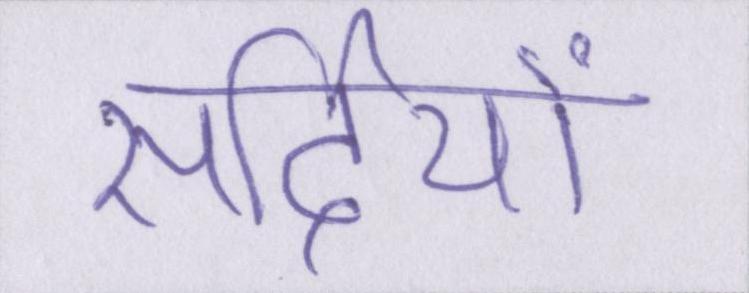
सर्दियों